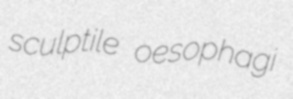
sculptile oesophagi